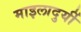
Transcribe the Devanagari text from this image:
माइलादुर्यी